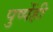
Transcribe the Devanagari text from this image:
पुष्पेंही